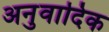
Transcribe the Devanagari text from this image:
अनुवादिक